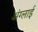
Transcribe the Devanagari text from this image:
अंग्लाई